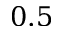
0 . 5